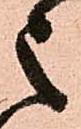
之